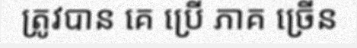
ត្រូវបាន គេ ប្រើ ភាគ ច្រើន